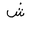
Letter: _shin